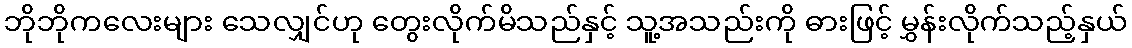
ဘိုဘိုကလေးများ သေလျှင်ဟု တွေးလိုက်မိသည်နှင့် သူ့အသည်းကို ဓားဖြင့် မွှန်းလိုက်သည့်နှယ်